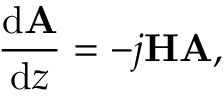
\frac { \mathrm { d } \mathrm { \bf A } } { \mathrm { d } z } = - j \mathrm { \bf H A , }